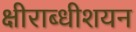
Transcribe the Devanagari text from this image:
क्षीराब्धीशयन